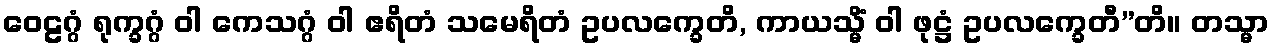
ဝေဠဂ္ဂံ ရုက္ခဂ္ဂံ ဝါ ကေသဂ္ဂံ ဝါ ဧရိတံ သမေရိတံ ဥပလက္ခေတိ, ကာယသ္မိံ ဝါ ဖုဋ္ဌံ ဥပလက္ခေတီ”တိ။ တသ္မာ